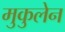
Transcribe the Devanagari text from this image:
मुकुलेन